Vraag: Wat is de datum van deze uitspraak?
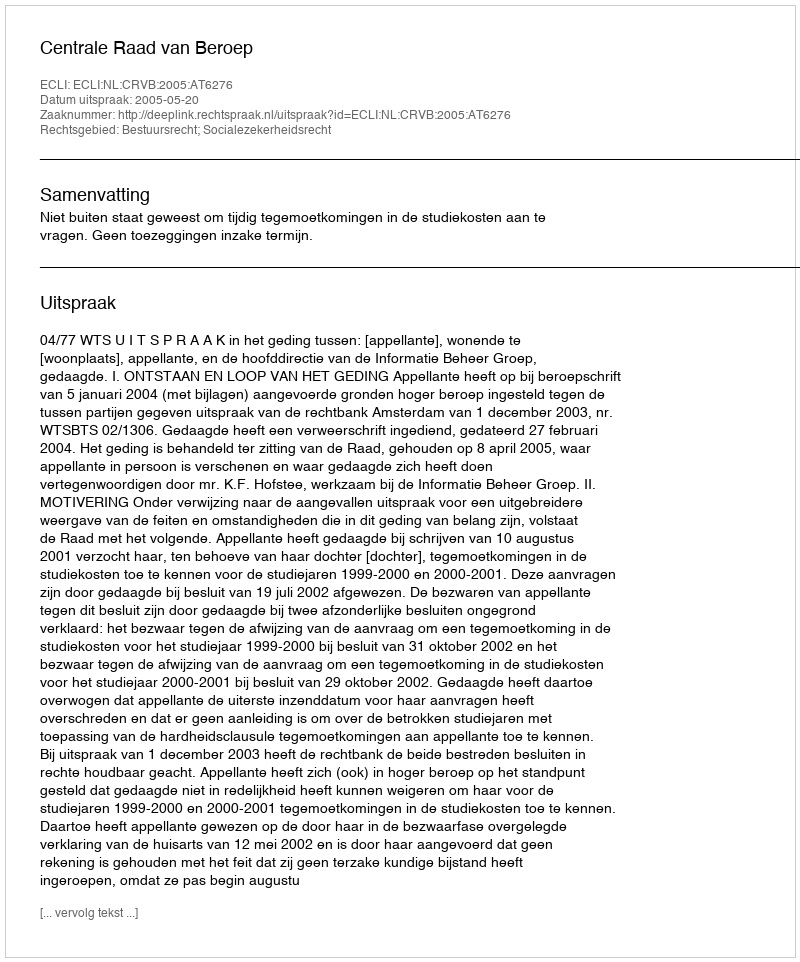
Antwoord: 2005-05-20